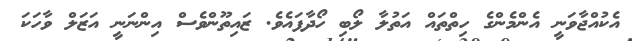
އެކުއްޖާވަނީ އެންމެންގެ ހިތްތައް އަތުލާ ލޯބި ހޯދާފައެވެ. ޒައިތޫންވެސް އިންނަނީ އަޒަލް ވާހަކަ